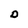
Character: D